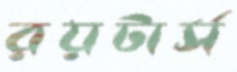
রয়টার্স